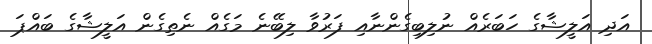
އަދި އަލީޝާގެ ހަބަރެއް ނުލިބިގެންނާއި ފަރުވާ ލިބޭނެ މަގެއް ނެތިގެން އަލީޝާގެ ބައްޕަ